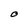
Character: O